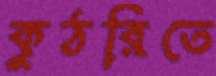
কুঠরিতে